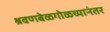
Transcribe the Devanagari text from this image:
श्रवणबेळगोळच्यानंतर